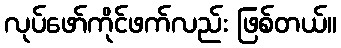
လုပ်ဖော်ကိုင်ဖက်လည်း ဖြစ်တယ်။